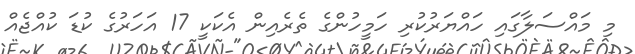
މި މައްސަލާގައި ހައްޔަރުކުރި ހަމީހުންގެ ތެރެއިން އެކަކީ 17 އަހަރުގެ ކުޑަ ކުއްޖެއް